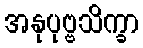
အနုပုဗ္ဗသိက္ခာ